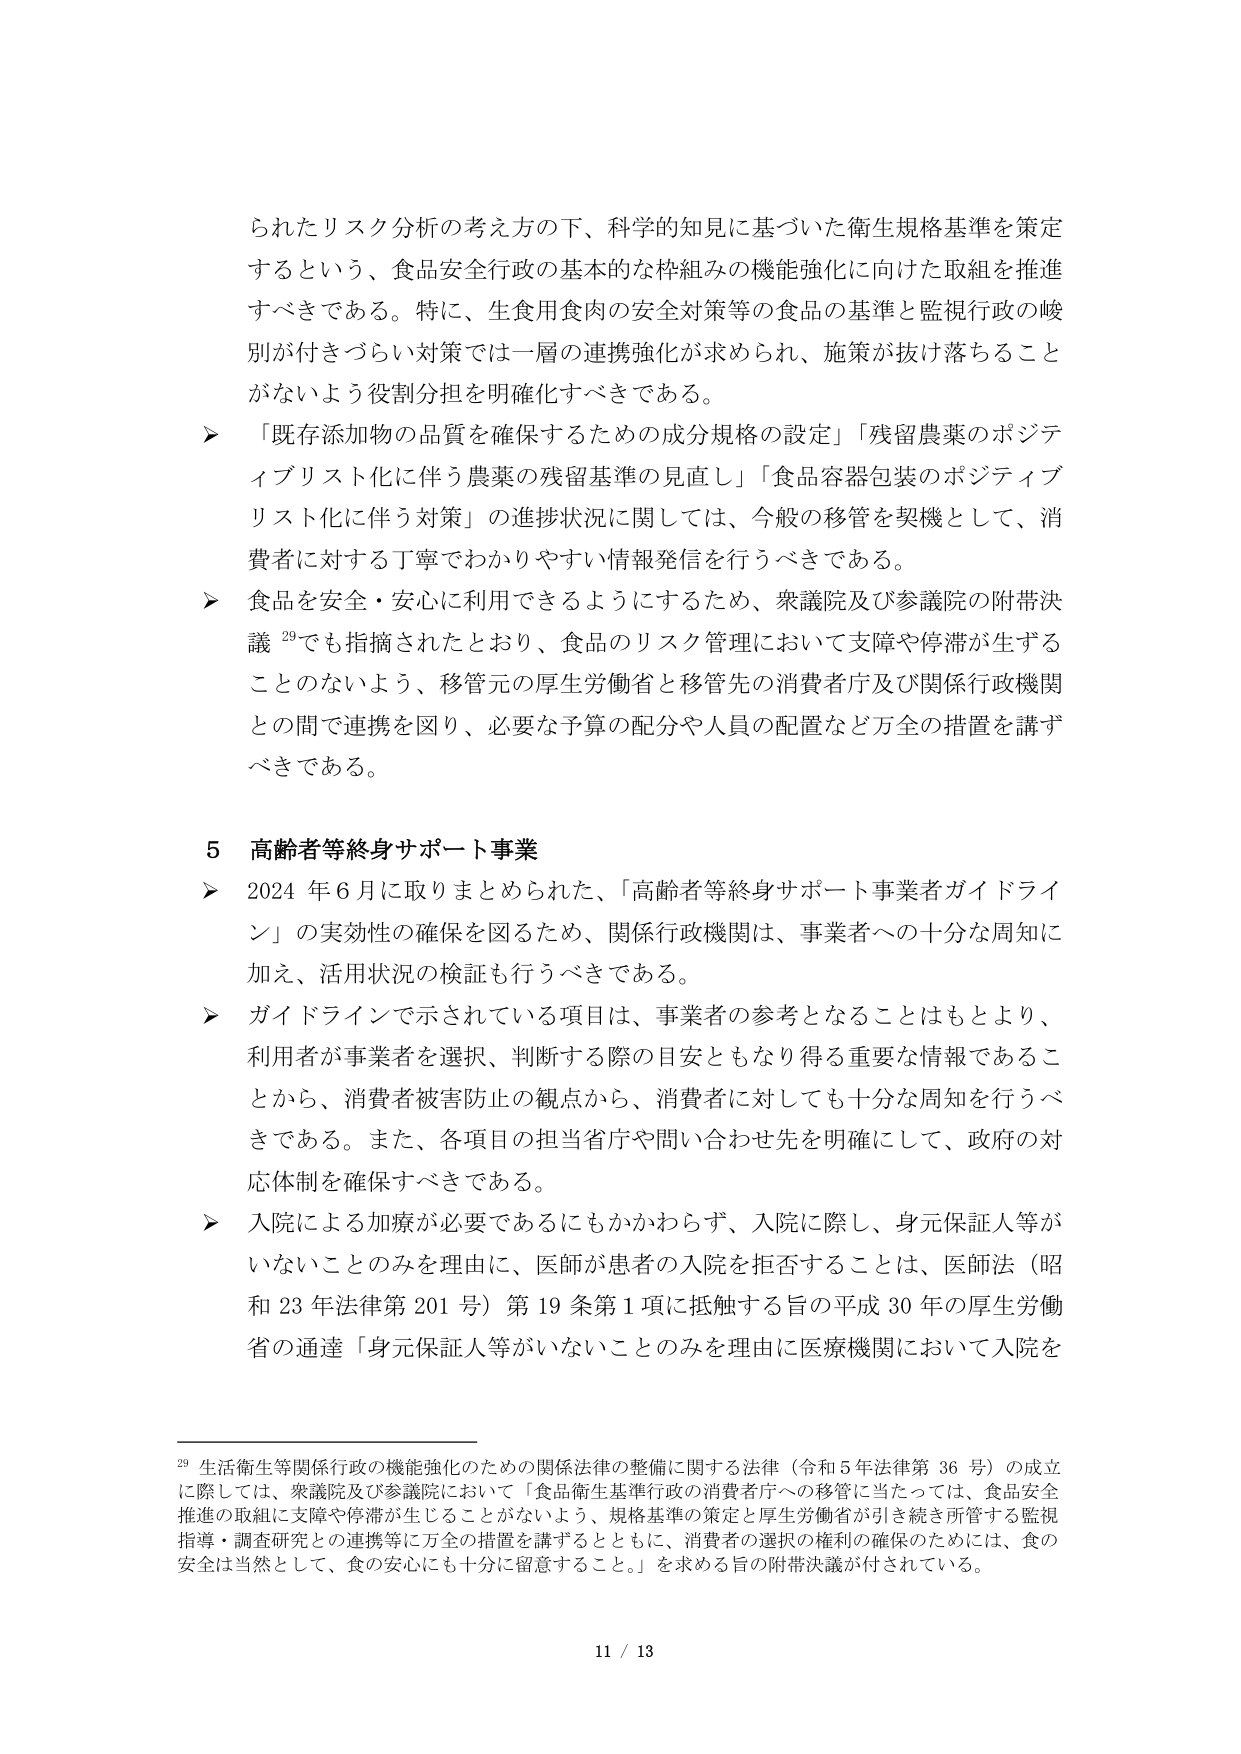
られたリスク分析の考え方の下、科学的知見に基づいた衛生規格基準を策定
するという、食品安全行政の基本的な枠組みの機能強化に向けた取組を推進
すべきである。特に、生食用食肉の安全対策等の食品の基準と監視行政の峻
別が付きづらい対策では一層の連携強化が求められ、施策が抜け落ちること
がないよう役割分担を明確化すべきである。
➤ 「既存添加物の品質を確保するための成分規格の設定」「残留農薬のポジテ
ィブリスト化に伴う農薬の残留基準の見直し」「食品容器包装のポジティブ
リスト化に伴う対策」の進捗状況に関しては、今般の移管を契機として、消
費者に対する丁寧でわかりやすい情報発信を行うべきである。
➤ 食品を安全・安心に利用できるようにするため、衆議院及び参議院の附帯決
議 29でも指摘されたとおり、食品のリスク管理において支障や停滞が生ずる
ことのないよう、移管元の厚生労働省と移管先の消費者庁及び関係行政機関
との間で連携を図り、必要な予算の配分や人員の配置など万全の措置を講ず
べきである。

5 高齢者等終身サポート事業
➤ 2024 年 6 月に取りまとめられた、「高齢者等終身サポート事業者ガイドライ
ン」の実効性の確保を図るため、関係行政機関は、事業者への十分な周知に
加え、活用状況の検証も行うべきである。
➤ ガイドラインで示されている項目は、事業者の参考となることはもとより、
利用者が事業者を選択、判断する際の目安ともなり得る重要な情報であるこ
とから、消費者被害防止の観点から、消費者に対しても十分な周知を行うべ
きである。また、各項目の担当省庁や問い合わせ先を明確にして、政府の対
応体制を確保すべきである。
➤ 入院による加療が必要であるにもかかわらず、入院に際し、身元保証人等が
いないことのみを理由に、医師が患者の入院を拒否することは、医師法（昭
和 23 年法律第 201 号）第 19 条第 1 項に抵触する旨の平成 30 年の厚生労働
省の通達「身元保証人等がいないことのみを理由に医療機関において入院を

29 生活衛生等関係行政の機能強化のための関係法律の整備に関する法律（令和 5 年法律第 36 号）の成立
に際しては、衆議院及び参議院において「食品衛生基準行政の消費者庁への移管に当たっては、食品安全
推進の取組に支障や停滞が生じることがないよう、規格基準の策定と厚生労働省が引き続き所管する監視
指導・調査研究との連携等に万全の措置を講ずるとともに、消費者の選択の権利の確保のためには、食の
安全は当然として、食の安心にも十分に留意すること。」を求める旨の附帯決議が付されている。

11 / 13